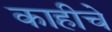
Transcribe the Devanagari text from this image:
काहीचे